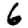
Digit: 6